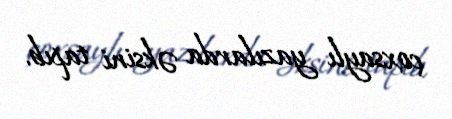
çoxsaylı yazılarda əksini tapıb.